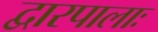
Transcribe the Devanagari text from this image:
द्वारपालाः